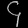
Digit: ၄